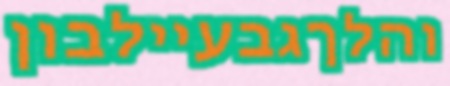
והלךגבעיילבון